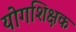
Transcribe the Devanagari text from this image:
योगशिक्षक